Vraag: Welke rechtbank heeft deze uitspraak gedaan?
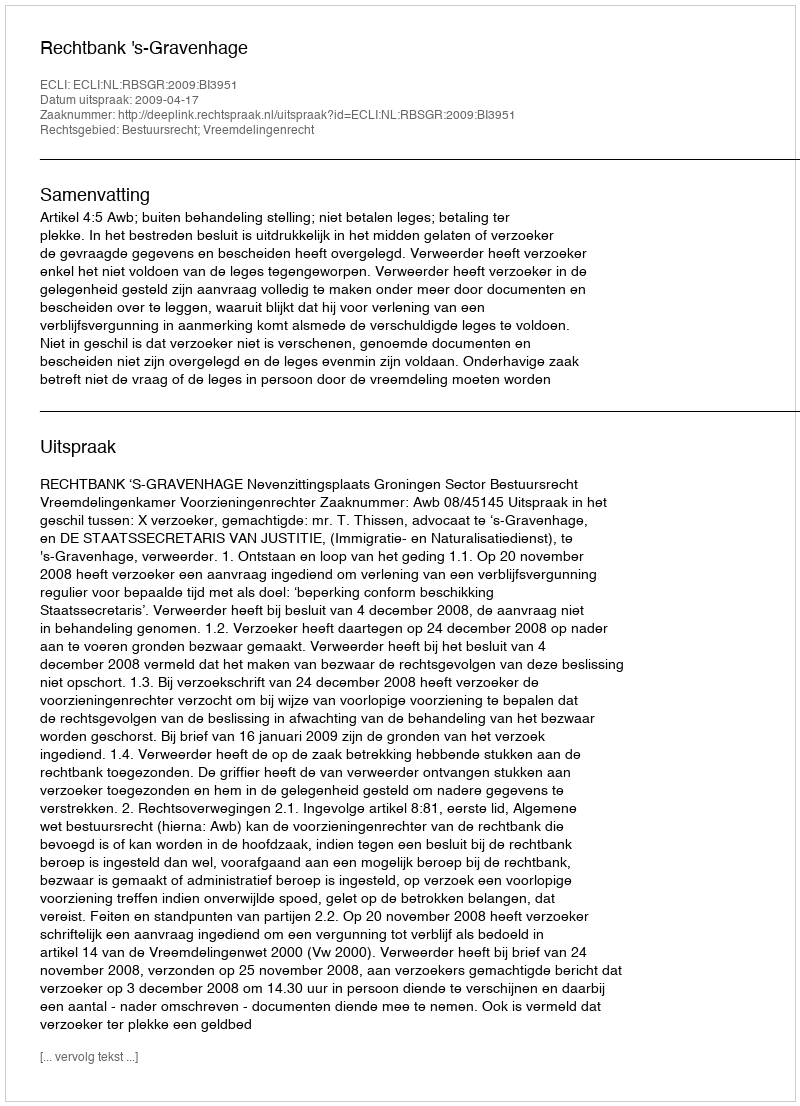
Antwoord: Rechtbank 's-Gravenhage